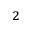
^ 2